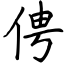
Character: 俜